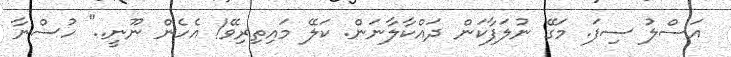
އަސްލު ސިފަ. މަގޭ ނުލަފާކަން ދައްކާލާނަން. ކަލޭ މައިތިރިވޭ! އެހެން ނޫނީ.." ހުސްނާ